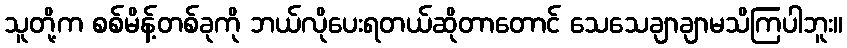
သူတို့က စစ်မိန့်တစ်ခုကို ဘယ်လိုပေးရတယ်ဆိုတာတောင် သေသေချာချာမသိကြပါဘူး။